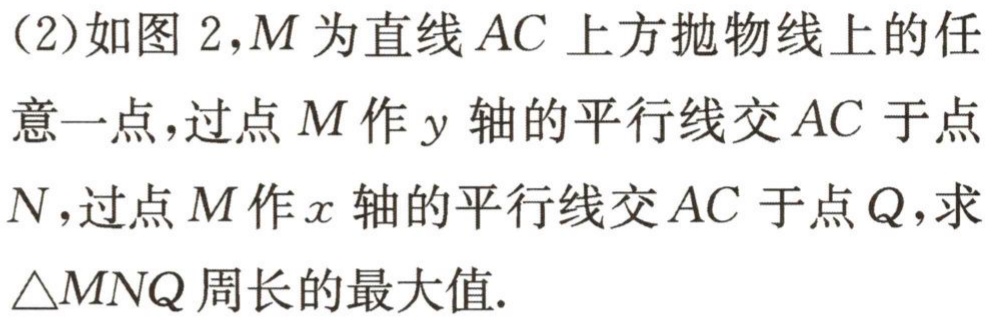
(2)如图 2,$M$为直线$AC$上方抛物线上的任意一点,过点$M$作$y$轴的平行线交$AC$于点$N$,过点$M$作$x$轴的平行线交$AC$于点$Q$,求$\triangle MNQ$周长的最大值.